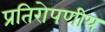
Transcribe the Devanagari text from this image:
प्रतिरोपणीय